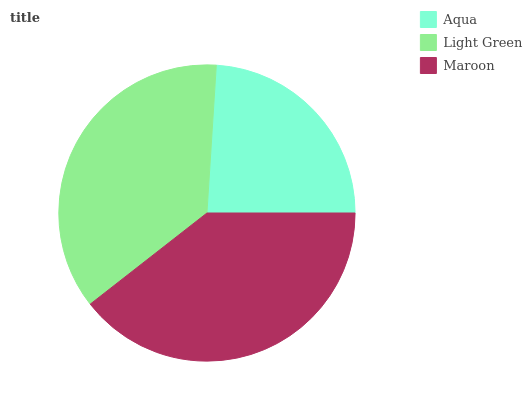
| Aqua | Light Green | Maroon |
 | --- | --- | --- |
 | 24% | 36.6% | 39.4% |